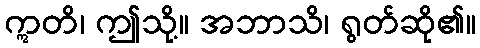
ဣတိ၊ ဤသို့။ အဘာသိ၊ ရွတ်ဆို၏။